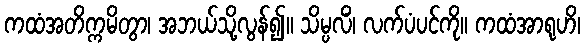
ကထံအတိက္ကမိတွာ၊ အဘယ်သို့လွန်၍။ သိမ္ပလိံ၊ လက်ပံပင်ကို။ ကထံအာရုဟိ၊